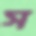
স